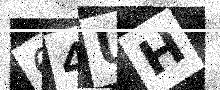
Text: 64UH